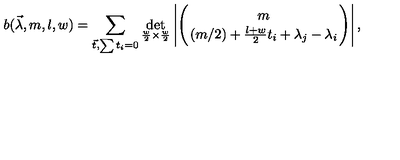
b ( \vec { \lambda } , m , l , w ) = \sum _ { \vec { t } , \sum t _ { i } = 0 } \det _ { \frac { w } { 2 } \times \frac { w } { 2 } } \left| \Biggl ( { m \atop ( m / 2 ) + \frac { l + w } { 2 } t _ { i } + \lambda _ { j } - \lambda _ { i } } \Biggr ) \right| ,